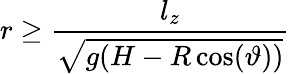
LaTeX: r\geq\frac{l_{z}}{\sqrt{g(H-R\cos(\vartheta))}}